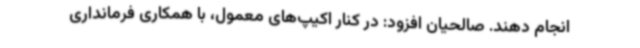
انجام دهند. صالحیان افزود: در کنار اکیپ‌های معمول، با همکاری فرمانداری